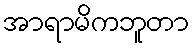
အာရာမိကဘူတာ